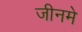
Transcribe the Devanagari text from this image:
जीनमे